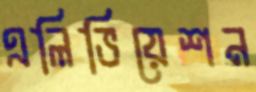
এলিভিয়েশন